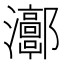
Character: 𤅝